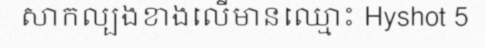
សាកល្បងខាងលើមានឈ្មោះ Hyshot 5